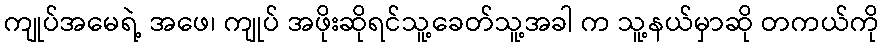
ကျုပ်အမေရဲ့ အဖေ၊ ကျုပ် အဖိုးဆိုရင်သူ့ခေတ်သူ့အခါ က သူ့နယ်မှာဆို တကယ်ကို